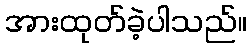
အားထုတ်ခဲ့ပါသည်။